画像に写った文字を読んでください
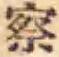
「察」と書いてあります